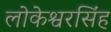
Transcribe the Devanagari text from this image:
लोकेश्वरसिंह